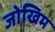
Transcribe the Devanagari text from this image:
जोखिम